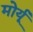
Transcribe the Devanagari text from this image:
मोर्यू